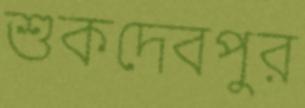
শুকদেবপুর